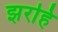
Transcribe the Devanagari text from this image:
झरहिं